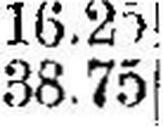
38.75